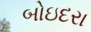
બોઇદરા